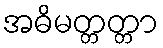
အဓိမတ္တတ္တာ